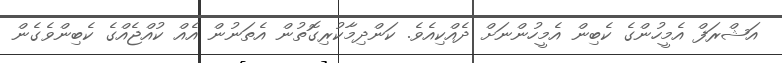
އަޝްރަފް އެމީހުންގެ ކެބިން އެމީހުންނަށް ދެއްކިއެވެ. ކަންދިމާކުރިގޮތުން އެތަނުން އެއް ކުއްޖެއްގެ ކެބިންވެގެން